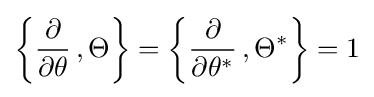
\left\{{\frac {\partial }{\partial \theta }}\,,\Theta \right\}=\left\{{\frac {\partial }{\partial \theta ^{*}}}\,,\Theta ^{*}\right\}=1